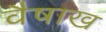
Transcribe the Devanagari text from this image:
वैषाख